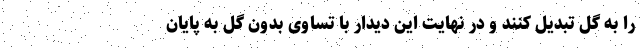
را به گل تبدیل کنند و در نهایت این دیدار با تساوی بدون گل به پایان